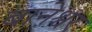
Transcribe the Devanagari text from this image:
बानेश्वर